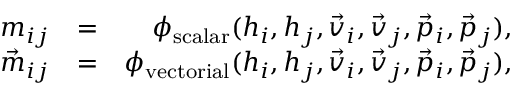
\begin{array} { r l r } { m _ { i j } } & { = } & { \phi _ { \mathrm { s c a l a r } } ( h _ { i } , h _ { j } , \vec { v } _ { i } , \vec { v } _ { j } , \vec { p } _ { i } , \vec { p } _ { j } ) , } \\ { \vec { m } _ { i j } } & { = } & { \phi _ { \mathrm { v e c t o r i a l } } ( h _ { i } , h _ { j } , \vec { v } _ { i } , \vec { v } _ { j } , \vec { p } _ { i } , \vec { p } _ { j } ) , } \end{array}